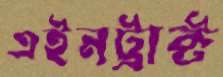
এইনট্রাক্ট